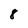
Character: 8